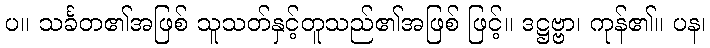
ပ။ သင်္ခတ၏အဖြစ် သူသတ်နှင့်တူသည်၏အဖြစ် ဖြင့်။ ဒဋ္ဌဗ္ဗာ၊ ကုန်၏။ ပန၊